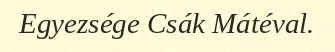
Egyezsége Csák Mátéval.